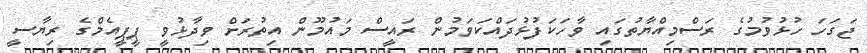
ޖަގަހަ ހުޅުވުމުގެ ރަސްމިއްޔާތުގައި ވާހަކަފުޅުދައްކަވަމުން ރައީސް މައުމޫން އިތުރަށް ވިދާޅުވީ ޕީޕީއެމްގެ ރިޔާސީ